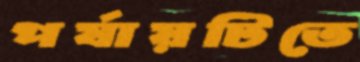
পর্যায়টিতে